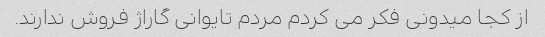
از کجا میدونی فکر می کردم مردم تایوانی گاراژ فروش ندارند.